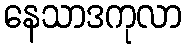
နေသာဒကုလာ